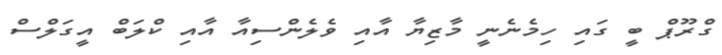
ގްރޫޕް ބީ ގައި ހިމެނެނީ މާޒިޔާ އާއި ވެލެންސިއާ އާއި ކްލަބް އީގަލްސް